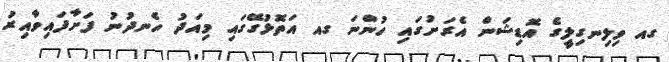
ގއ ވިލިނގިލީގެ އޮޑިޝަން އެރަށުގައި ހުންނަ ގއ އަތޮޅުގޭގައި މިއަދު ހެނދުނު ފަށާފައިވާއިރު